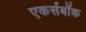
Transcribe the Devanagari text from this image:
एकर्सबॉक